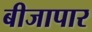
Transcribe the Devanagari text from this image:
बीजापार